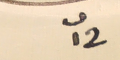
٢ ت١